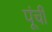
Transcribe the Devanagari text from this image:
पूंची